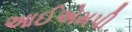
આઈએમપી